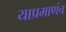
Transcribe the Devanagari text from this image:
याप्रमाणंच